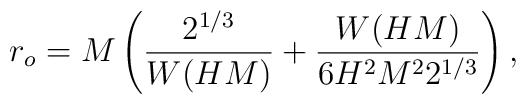
r_o=M\left( \frac{2^{1/3}}{W(HM)}+\frac{W(HM)}{6H^2 M^2 2^{1/3}}\right),